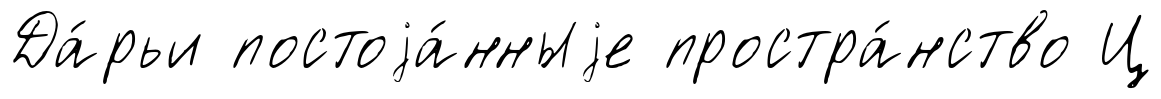
Да́рьи постоjа́нныjе простра́нство Ц